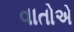
વાતોએ